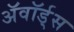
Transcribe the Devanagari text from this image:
ॲवॉर्ड्‌स